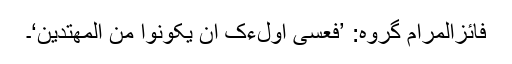
فائزالمرام گروہ: ’فَعَسٰٓی اُولٰٓءِکَ اَنْ یَّکُوْنُوْا مِنَ الْمُھْتَدِیْنَ‘۔